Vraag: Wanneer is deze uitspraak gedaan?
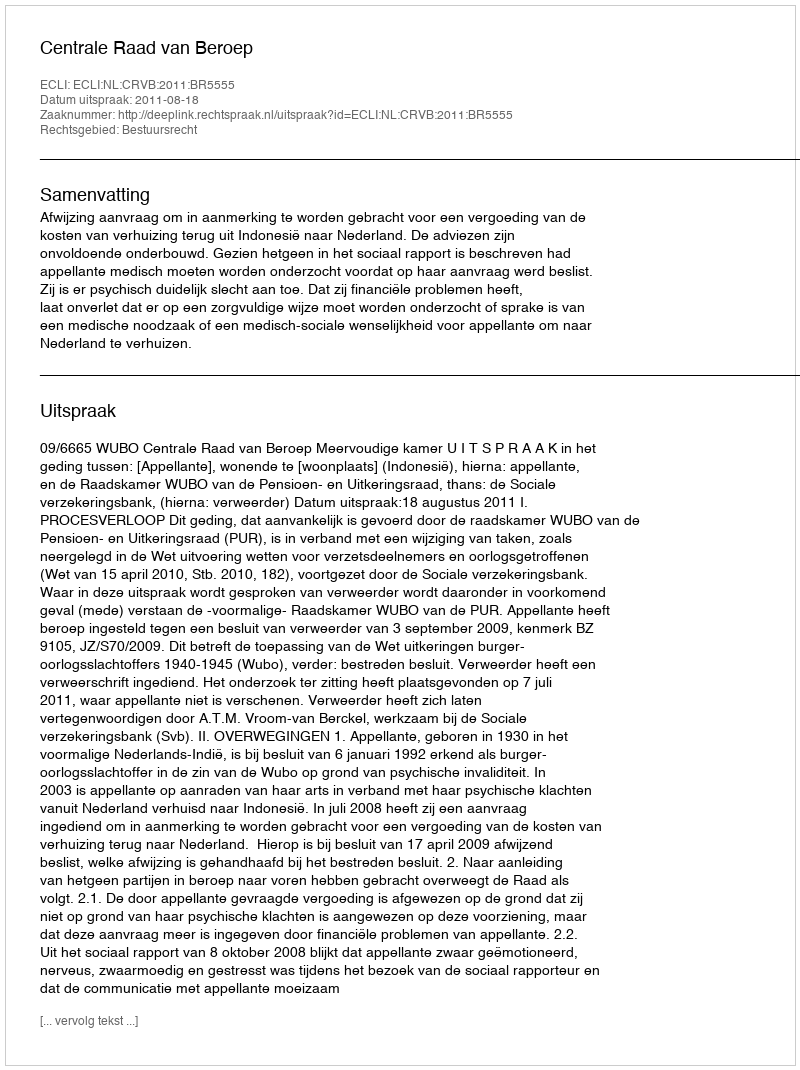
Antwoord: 2011-08-18